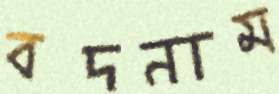
বদনাম